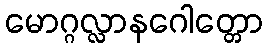
မောဂ္ဂလ္လာနဂေါတ္တော